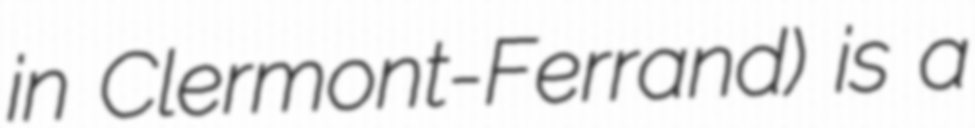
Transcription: in Clermont-Ferrand) is a